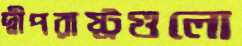
দ্বীপরাষ্ট্রগুলো